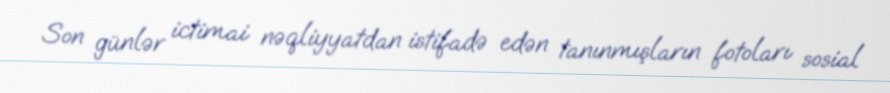
Son günlər ictimai nəqliyyatdan istifadə edən tanınmışların fotoları sosial